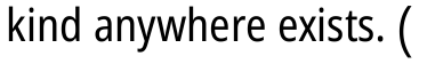
kind anywhere exists. (